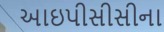
આઇપીસીસીના